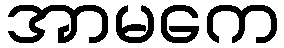
အာမကေ